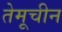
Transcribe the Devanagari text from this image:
तेमूचीन